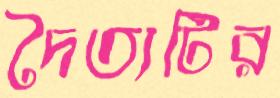
দৈত্যটির